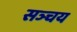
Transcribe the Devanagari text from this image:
सञ्चय